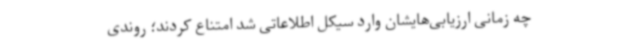
چه زمانی ارزیابی‌هایشان وارد سیکل اطلاعاتی شد امتناع کردند؛ روندی